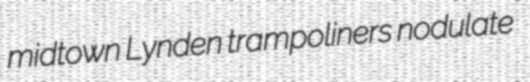
midtown Lynden trampoliners nodulate